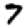
Digit: 7